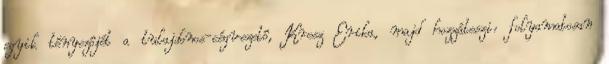
egyik tényezôjét a tulajdonos-cégvezetô, Kresz Erika, majd hozzáteszi: folyamatosan